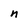
Character: n